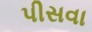
પીસવા